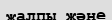
жалпы және